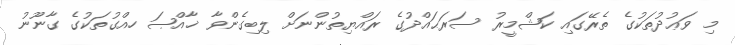
މި ވަޢުދުތަކުގެ ތެރޭގައި ކަޝްމީރު ސަރަޙައްދުގެ ރައްޔިތުންނަށް ލިބިގެންވާ ޚާއްޞަ ހއްގުތަކުގެ ގާނޫނު